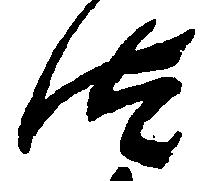
汰